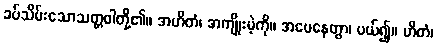
ခပ်သိမ်းသောသတ္တဝါတို့၏။ အဟိတံ၊ အကျိုးမဲ့ကို။ အပေနေတွာ၊ ပယ်၍။ ဟိတံ၊